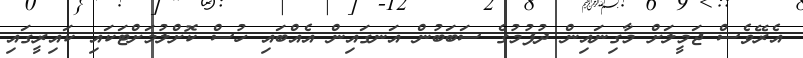
އެރޭވެސް ޖަމީލަށް މާގިނައިން ދުފުމުގެ ސަބަބުން އަނގައިން އެއްބައި ހުސް ކޮށްލުމަށްޓަކައި ކައިރީގައި